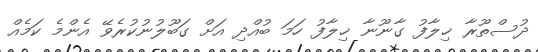
ދުސްތޫރާ ޚިލާފު ގާނޫނާ ޚިލާފު ހަމަ ބުއްދި އަށް ގަބޫލުނުކުރެވޭ އެންމެ ކަމެއް